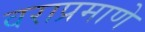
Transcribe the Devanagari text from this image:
वराप्रमाणे